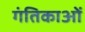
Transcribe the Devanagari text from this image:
गंतिकाओं